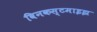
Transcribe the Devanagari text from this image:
विनकस्टमाइझ